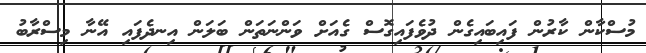
މުސްކާން ކާރުން ފައިބައިގެން ދުވެފައިގޮސް ގެއަށް ވަންނަތަން ބަލަން އިނދެފައި އޭނާ މިސްރާބު